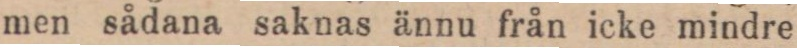
men sådana saknas ännu från icke mindre